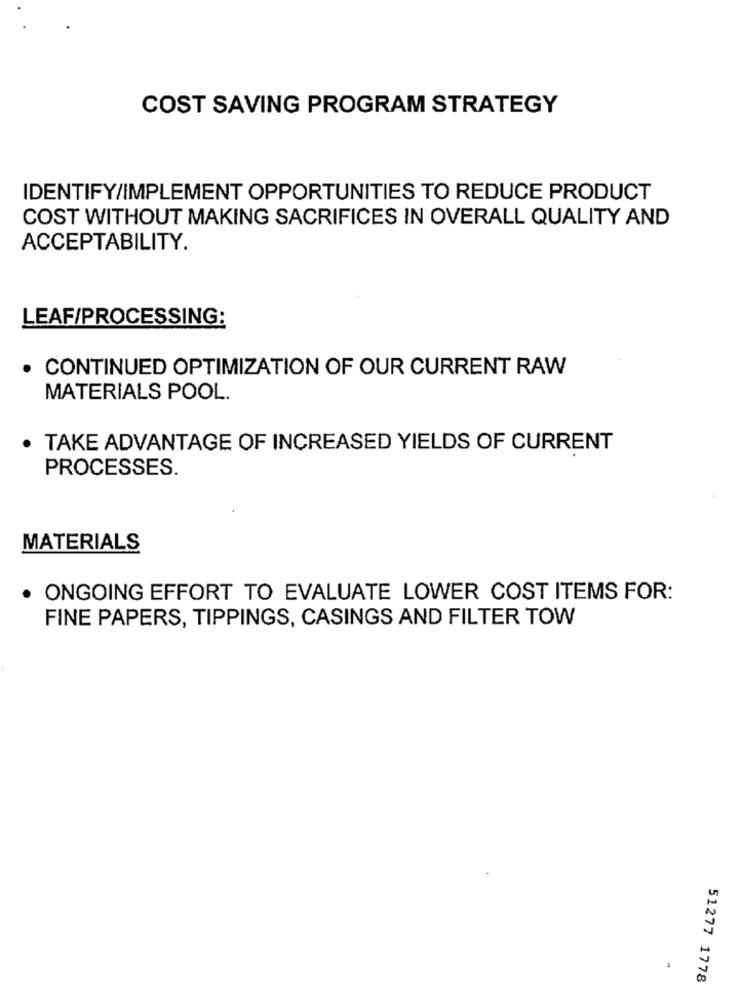
COST SAVING PROGRAM STRATEGY
IDENTIFY/IMPLEMENT OPPORTUNITIES TO REDUCE PRODUCT
COST WITHOUT MAKING SACRIFICES IN OVERALL QUALITY AND
ACCEPTABILITY.
LEAF/PROCESSING:
· CONTINUED OPTIMIZATION OF OUR CURRENT RAW
MATERIALS POOL.
TAKE ADVANTAGE OF INCREASED YIELDS OF CURRENT
PROCESSES.
MATERIALS
· ONGOING EFFORT TO EVALUATE LOWER COST ITEMS FOR:
FINE PAPERS, TIPPINGS, CASINGS AND FILTER TOW
51277 1778